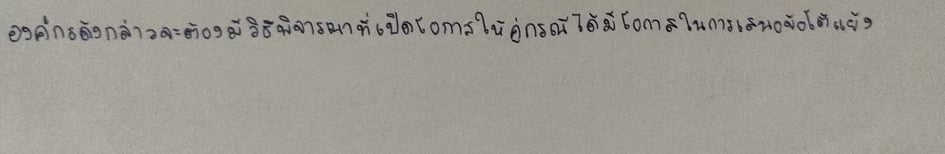
องค์กรดังกล่าวจะต้องมีวิธีพิจารณาที่เปิดโอกาสให้คู่กรณีได้มีโอกาสในการเสนอข้อโต้แย้ง